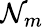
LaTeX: \mathcal{N}_{m}